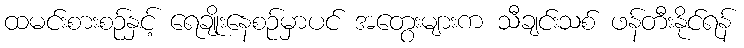
ထမင်းစားစဉ်နှင့် ရေချိုးနေစဉ်မှာပင် အတွေးများက သီချင်းသစ် ဖန်တီးနိုင်ရန်